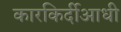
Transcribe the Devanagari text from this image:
कारकिर्दीआधी